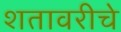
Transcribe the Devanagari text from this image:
शतावरीचे